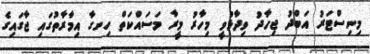
މިނިސްޓަރު އަބްދު ޖިހާދު ވިދާޅުވީ މިހާރު މީރާ މަސައްކަތް ހިނގާ އިމާރާތުގައި ޖާގައިގެ